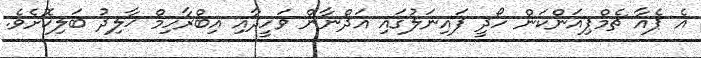
އެ ޕެއާ ޗެމްޕިއަންކަން ހޯދީ ފައިނަލުގައި އަދްނާން ވަހީދާއި އިބްރާހިމް ޚާލިދު ބަލިކޮށެވެ.